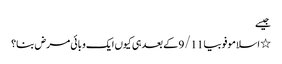
جیسے
٭ اسلاموفوبیا 9/11 کے بعد ہی کیوں ایک وبائی مرض بنا؟